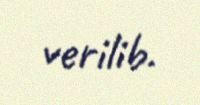
verilib.